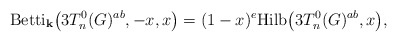
\begin{gather*}{\rm Betti}_{\textbf{k}} \big(3T_n^{0}(G)^{ab},-x,x\big)=(1-x)^{e} {\rm Hilb}\big(3T_n^{0}(G)^{ab},x\big),\end{gather*}